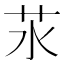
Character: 𦬭